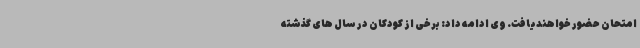
امتحان حضور خواهندیافت. وی ادامه داد: برخی از کودکان در سال های گذشته